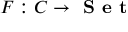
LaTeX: F : C \to { \textbf { S e t } }